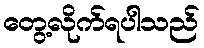
တွေ့လိုက်ရပါသည်